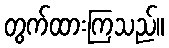
တွက်ထားကြသည်။